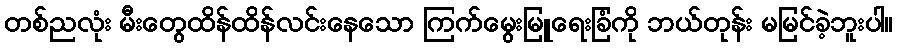
တစ်ညလုံး မီးတွေထိန်ထိန်လင်းနေသော ကြက်မွေးမြူရေးခြံကို ဘယ်တုန်း မမြင်ခဲ့ဘူးပါ။